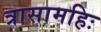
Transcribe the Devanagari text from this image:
त्रासामहिः